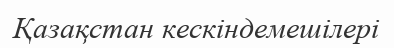
Қазақстан кескіндемешілері